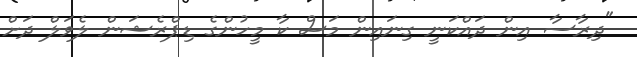
"ދިރާސާ އިން ދައްކަނީ ގިނައިން މަސް ކާ މީހުންގެ ޑިޕްރެޝަން ލެވަލް ދަށް